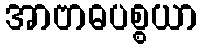
အာဗာဓပစ္စယာ